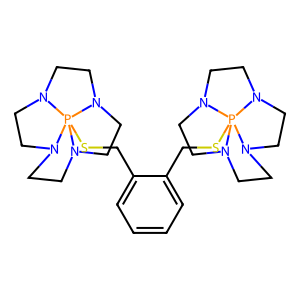
SMILES: c1ccc(CSP234N5CCN2CCN3CCN4CC5)c(CSP234N5CCN2CCN3CCN4CC5)c1
Inhibits HIV replication: No